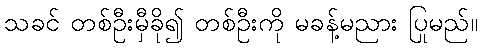
သခင် တစ်ဦးမှီခို၍ တစ်ဦးကို မခန့်မညား ပြုမည်။